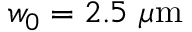
w _ { 0 } = 2 . 5 \ \mu \mathrm { m }